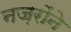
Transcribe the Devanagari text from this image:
नज़रोंने